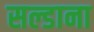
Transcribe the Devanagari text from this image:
सल्डाना